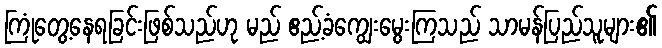
ကြုံတွေ့နေရခြင်းဖြစ်သည်ဟု မည် ဧည့်ခံကျွေးမွေးကြသည် သာမန်ပြည်သူများ၏